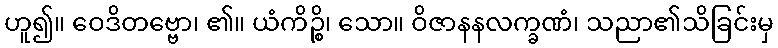
ဟူ၍။ ဝေဒိတဗ္ဗော၊ ၏။ ယံကိဉ္စိ၊ သော။ ဝိဇာနနလက္ခဏံ၊ သညာ၏သိခြင်းမှ